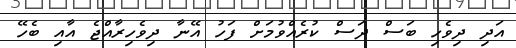
އަދި ދިވެހި ބަސް ދަސް ކުރެއްވުމަށް ފަހު އޭނާ ދިވެހިރާއްޖެ އާއި ބެހޭ